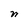
Character: n